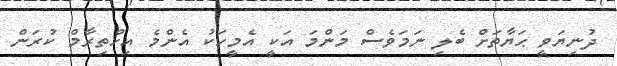
ދުނިޔަވީ ޙަޔާތަށް ބެލި ނަމަވެސް މަންމަ އަކީ އެމީހަކު އެންމެ އިހްތިރާމް ކުރަން